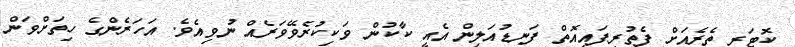
ކޮޓަރި ތެރެއަށް ފެތުރިފައިއޮތް ފަނޑުއަލިން އެއީ ކާކުން ވަކިކުރެވޭވަރެއް ނުވިއެވެ. އަހަރެންގެ ހިތަށްވަން